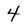
Character: 4